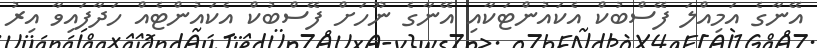
އޭނާގެ އަމިއްލަ ފޭސްބުކް އެކައުންޓަކާއި އޭނާގެ ނޫހަށް ފޭސްބުކް އެކައުންޓެއް ހަދާފައިވާ އިރު